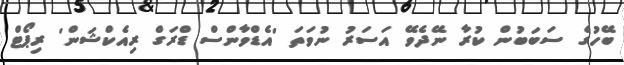
ބޭހުގެ ސަބަބުން ކުރާ ނޭދެވޭ އަސަރު ނުވަތަ 'އެޑްވާންސް ޑްރަގް ރިއެކްޝަން' ރިޕޯޓް